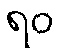
ရဝ